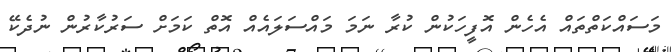
މަސައްކަތްތައް އެހެން އޮފީހަކުން ކުރާ ނަމަ މައްސަލައެއް އޮތް ކަމަށް ސަރުކާރުން ނުދެކޭ